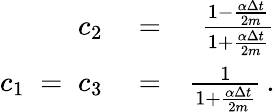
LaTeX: \begin{array}{rlr}{c_{2}}&{{}=}&{\frac{1-\frac{\alpha\Delta{t}}{2m}}{1+\frac{\alpha\Delta{t}}{2m}}}\\ {c_{1}\; =\; c_{3}}&{{}=}&{\frac{1}{1+\frac{\alpha\Delta{t}}{2m}}\, .}\end{array}